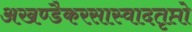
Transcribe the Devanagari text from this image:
अखण्डैकरसास्वादतृप्तो